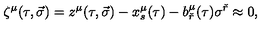
\zeta ^ { \mu } ( \tau , \vec { \sigma } ) = z ^ { \mu } ( \tau , \vec { \sigma } ) - x _ { s } ^ { \mu } ( \tau ) - b _ { \check { r } } ^ { \mu } ( \tau ) \sigma ^ { \check { r } } \approx 0 ,